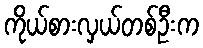
ကိုယ်စားလှယ်တစ်ဦးက